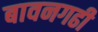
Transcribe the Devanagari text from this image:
बावनगढी